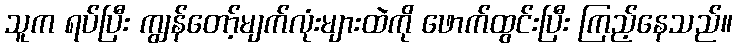
သူက ရပ်ပြီး ကျွန်တော့်မျက်လုံးများထဲကို ဖောက်ထွင်းပြီး ကြည့်နေသည်။